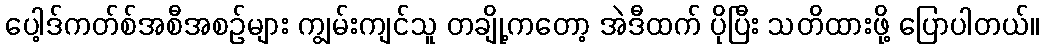
ပေါ့ဒ်ကတ်စ်အစီအစဉ်များ ကျွမ်းကျင်သူ တချို့ကတော့ အဲဒီထက် ပိုပြီး သတိထားဖို့ ပြောပါတယ်။